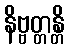
နိဗ္ဗတ္တန္တိ